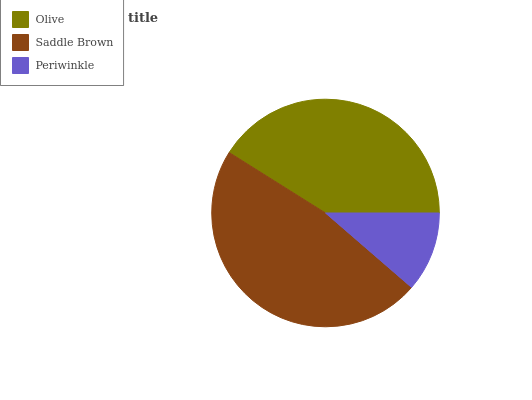
| Olive | Saddle Brown | Periwinkle |
 | --- | --- | --- |
 | 41.1% | 47.6% | 11.3% |